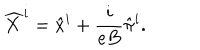
\widehat { X } ^ { i } = \hat { x } ^ { i } + \frac { i } { e B } \hat { \pi } ^ { i } .